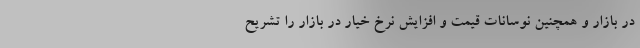
در بازار و همچنین نوسانات قیمت و افزایش نرخ خیار در بازار را تشریح